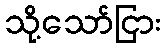
သို့သော်ငြား